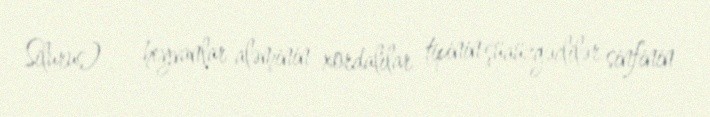
Silurus) — heyvanlar aləminin xordalılar tipinin şüaüzgəclilər sinfinin